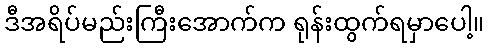
ဒီအရိပ်မည်းကြီးအောက်က ရုန်းထွက်ရမှာပေါ့။